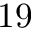
1 9